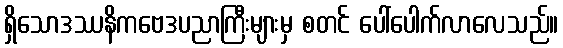
ရှိသောဒဿနိကဗေဒပညာကြီးများမှ စတင် ပေါ်ပေါက်လာလေသည်။